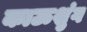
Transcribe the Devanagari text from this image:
काऊशुंग